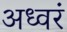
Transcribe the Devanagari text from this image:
अध्वरं